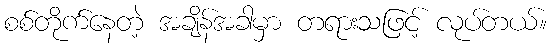
စစ်တိုက်နေတဲ့ အချိန်အခါမှာ တရားသဖြင့် လုပ်တယ်။